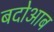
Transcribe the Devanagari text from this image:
बदोआब